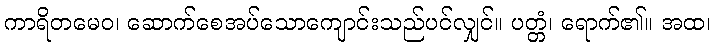
ကာရိတမေဝ၊ ဆောက်စေအပ်သောကျောင်းသည်ပင်လျှင်။ ပတ္တံ၊ ရောက်၏။ အထ၊